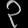
Digit: ၃